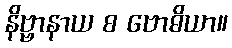
နိဗ္ဗာနာယ စ ဗောဓိယာ။